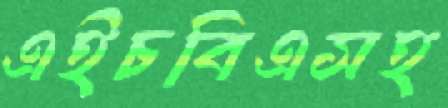
এইচবিএসহ